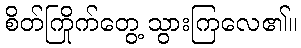
စိတ်ကြိုက်တွေ့ သွားကြလေ၏။